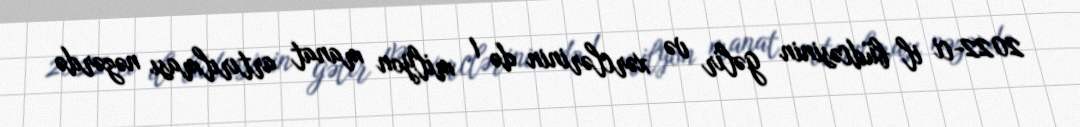
2022-ci il büdcəsinin gəlir və xərclərinin də 1 milyon manat artırılması nəzərdə